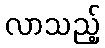
လာသည့်